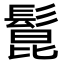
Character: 𩭭